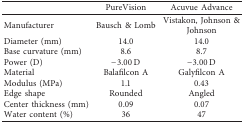
<table><thead><tr><td><b> </b></td><td><b>PureVision</b></td><td><b>Acuvue Advance</b></td></tr></thead><tbody><tr><td>Manufacturer</td><td>Bausch &amp; Lomb</td><td>Vistakon, Johnson &amp; Johnson</td></tr><tr><td>Diameter (mm)</td><td>14.0</td><td>14.0</td></tr><tr><td>Base curvature (mm)</td><td>8.6</td><td>8.7</td></tr><tr><td>Power (D)</td><td>−3.00 D</td><td>−3.00 D</td></tr><tr><td>Material</td><td>Balafilcon A</td><td>Galyfilcon A</td></tr><tr><td>Modulus (MPa)</td><td>1.1</td><td>0.43</td></tr><tr><td>Edge shape</td><td>Rounded</td><td>Angled</td></tr><tr><td>Center thickness (mm)</td><td>0.09</td><td>0.07</td></tr><tr><td>Water content (%)</td><td>36</td><td>47</td></tr></tbody></table>